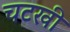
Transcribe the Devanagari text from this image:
चटखी